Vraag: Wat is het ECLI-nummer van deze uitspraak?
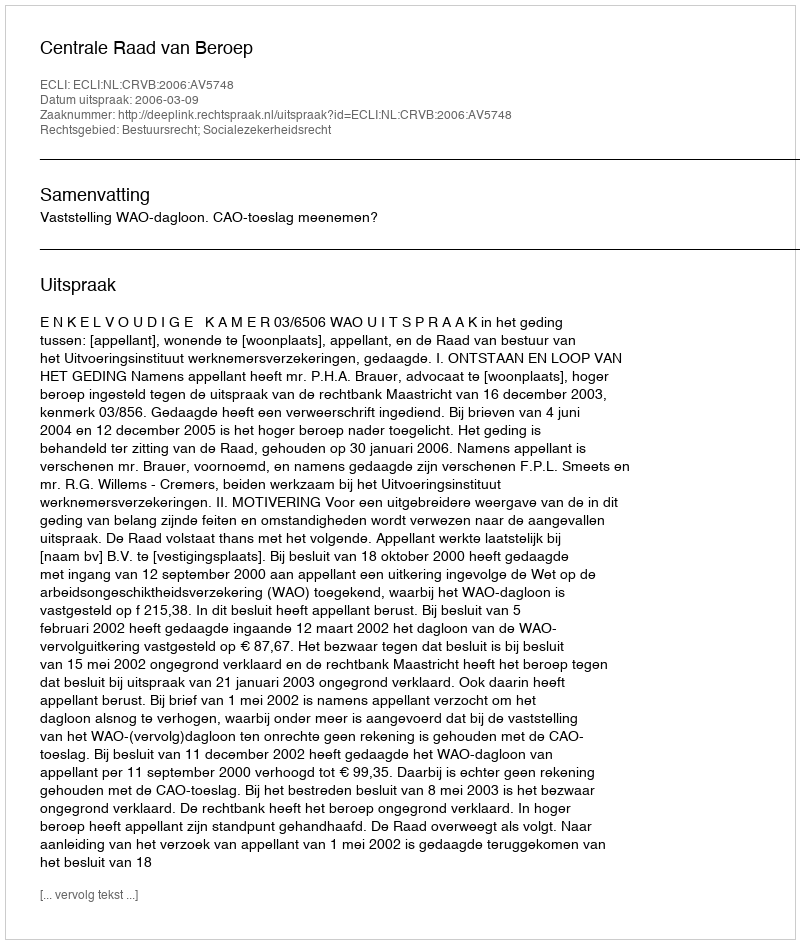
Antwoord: ECLI:NL:CRVB:2006:AV5748